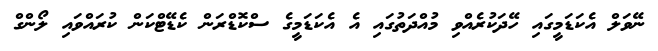
ނޭވަލް އެކަޑަމީގައި ހޭދަކުރެއްވި މުއްދަތުގައި އެ އެކަޑަމީގެ ސްކޮޑްރަން ކެޑޭޓްކަން ކުރައްވައި ލޯންގް